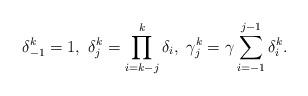
LaTeX: \begin{align*}\delta^k_{-1}=1,~\delta_j^k = \prod\limits_{i=k-j}^k \delta_i,~\gamma^k_j = \gamma \sum\limits^{j-1}_{i=-1}\delta^k_i.\end{align*}